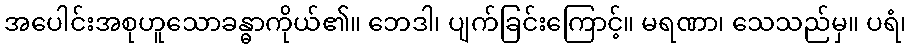
အပေါင်းအစုဟူသောခန္ဓာကိုယ်၏။ ဘေဒါ၊ ပျက်ခြင်းကြောင့်။ မရဏာ၊ သေသည်မှ။ ပရံ၊